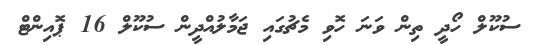
ސުކޫލް ހޯދީ ތިން ވަނަ ހޮވި މެޗުގައި ޖަމާލުއްދީން ސުކޫލް 16 ޕޮއިންޓް